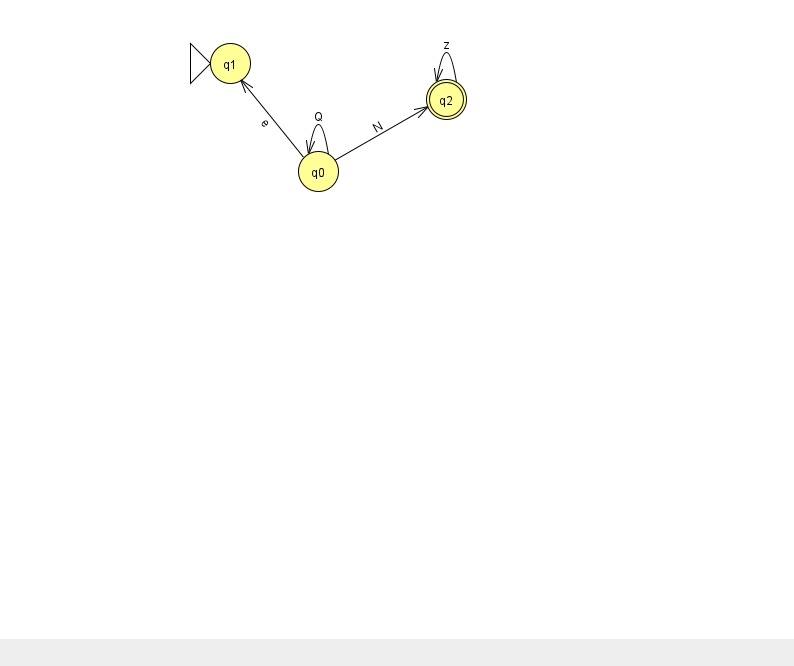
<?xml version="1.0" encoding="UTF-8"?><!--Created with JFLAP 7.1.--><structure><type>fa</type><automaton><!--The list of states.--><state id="0" name="q0"><x>318.0</x><y>158.0</y></state><state id="1" name="q1"><x>230.0</x><y>50.0</y><initial/></state><state id="2" name="q2"><x>446.0</x><y>86.0</y><final/></state><!--The list of transitions.--><transition><from>0</from><to>0</to><read>Q</read></transition><transition><from>0</from><to>1</to><read>e</read></transition><transition><from>2</from><to>2</to><read>z</read></transition><transition><from>0</from><to>2</to><read>N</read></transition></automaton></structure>